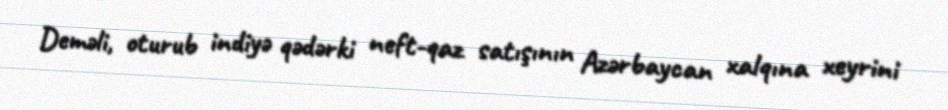
Deməli, oturub indiyə qədərki neft-qaz satışının Azərbaycan xalqına xeyrini